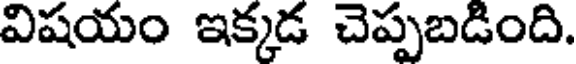
విషయం ఇక్కడ చెప్పబడింది.